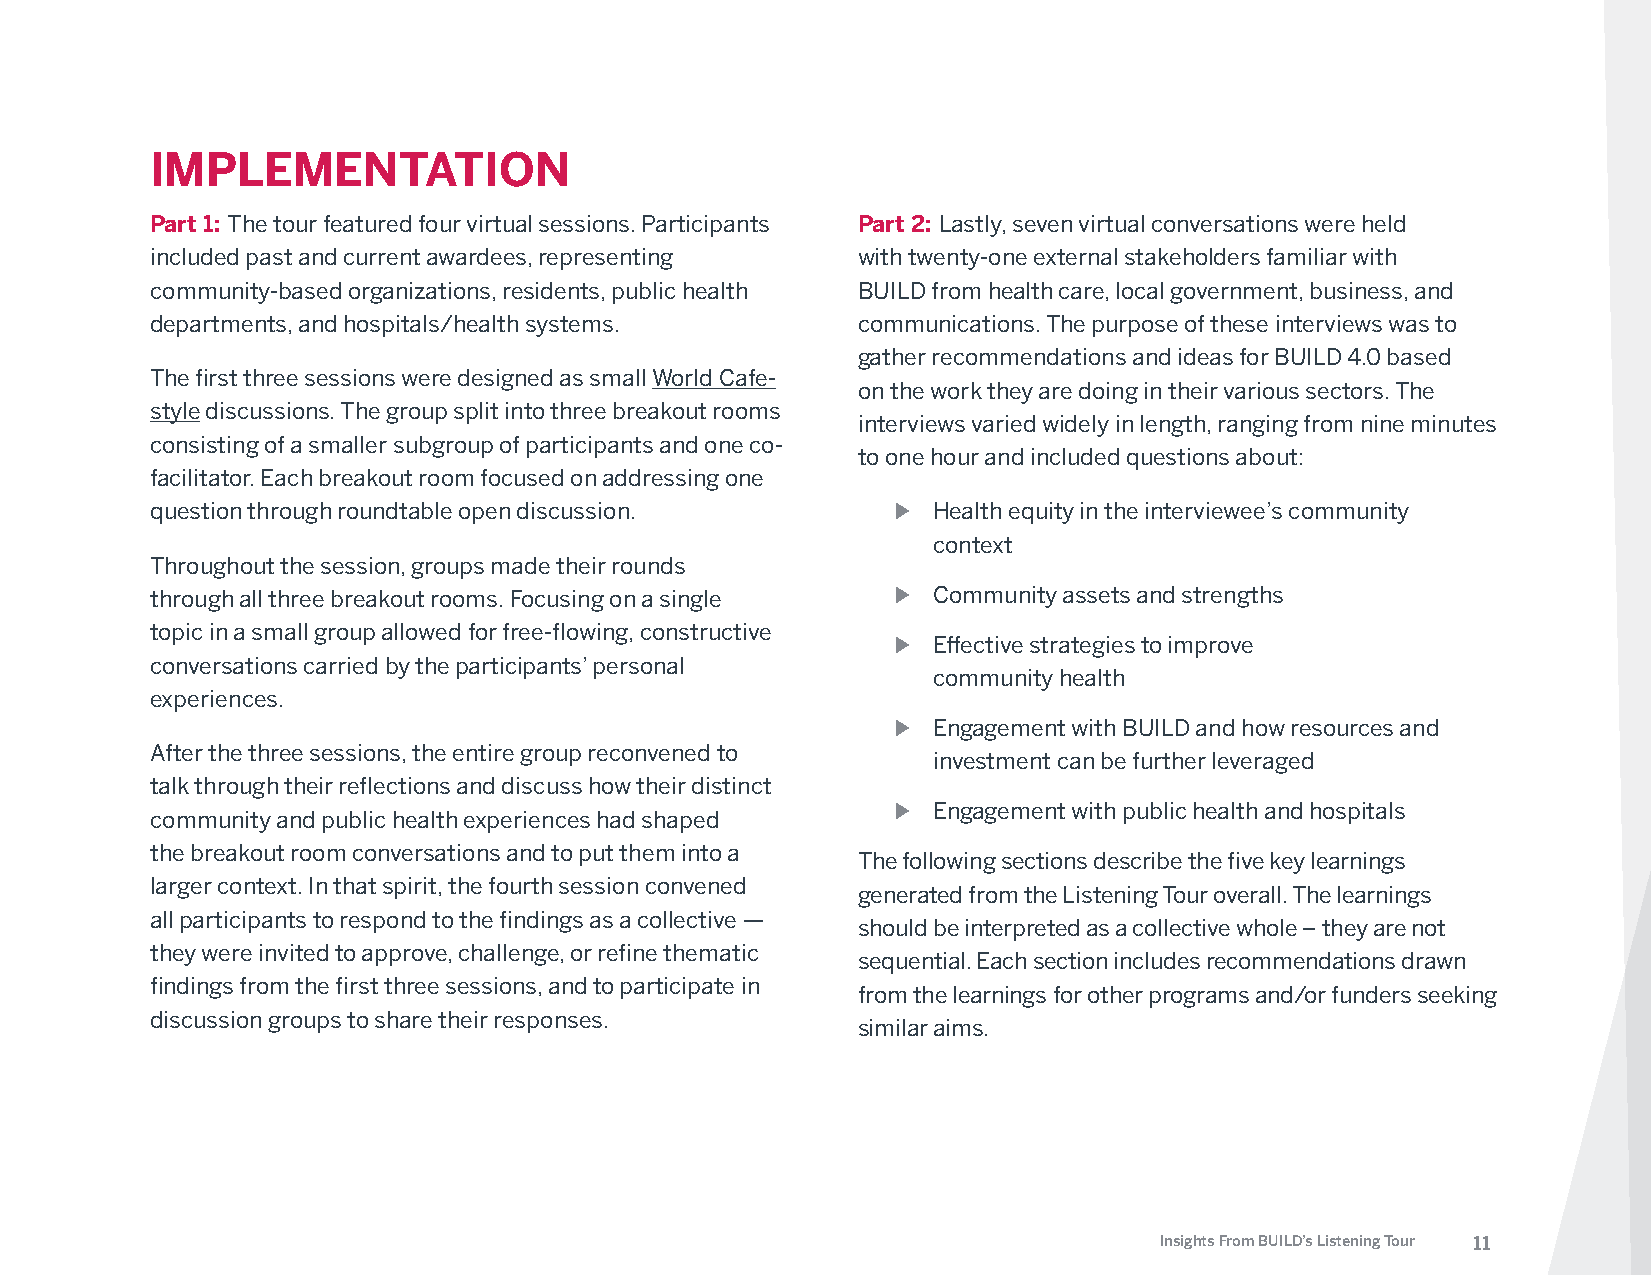
IMPLEMENTATION
 Part 1: The tour featured four virtual sessions. Participants Part 2: Lastly, seven virtual conversations were held
 included past and current awardees, representing with twenty-one external stakeholders familiar with
 community-based organizations, residents, public health BUILD from health care, local government, business, and
 departments, and hospitals/health systems.     communications. The purpose of these interviews was to
 gather recommendations and ideas for BUILD 4.0 based
 The first three sessions were designed as small World Cafe-
 on the work they are doing in their various sectors. The
 style discussions. The group split into three breakout rooms
 interviews varied widely in length, ranging from nine minutes
 consisting of a smaller subgroup of participants and one co-
 to one hour and included questions about:
 facilitator. Each breakout room focused on addressing one
 question through roundtable open discussion.     ࿷  Health equity in the interviewee’s community
 context
 Throughout the session, groups made their rounds
 through all three breakout rooms. Focusing on a single ࿷ Community assets and strengths
 topic in a small group allowed for free-flowing, constructive
 ࿷  Effective strategies to improve
 conversations carried by the participants’ personal
 community health
 experiences.
 ࿷  Engagement with BUILD and how resources and
 After the three sessions, the entire group reconvened to
 investment can be further leveraged
 talk through their reflections and discuss how their distinct
 community and public health experiences had shaped ࿷ Engagement with public health and hospitals
 the breakout room conversations and to put them into a
 The following sections describe the five key learnings
 larger context. In that spirit, the fourth session convened
 generated from the Listening Tour overall. The learnings
 all participants to respond to the findings as a collective —
 should be interpreted as a collective whole – they are not
 they were invited to approve, challenge, or refine thematic
 sequential. Each section includes recommendations drawn
 findings from the first three sessions, and to participate in
 from the learnings for other programs and/or funders seeking
 discussion groups to share their responses.
 similar aims.
 Insights From BUILD’s Listening Tour 11